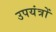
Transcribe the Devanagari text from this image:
उपयंत्रों